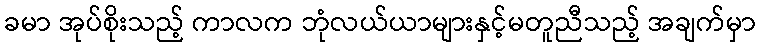
ခမာ အုပ်စိုးသည့် ကာလက ဘုံလယ်ယာများနှင့်မတူညီသည့် အချက်မှာ